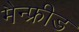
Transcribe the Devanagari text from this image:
मैन्फ्रीड